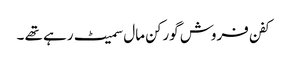
کفن فروش گورکن مال سمیٹ رہے تھے ۔